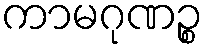
ကာမဂုဏဉ္စ